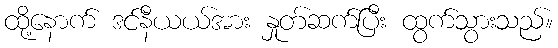
ထို့နောက် ဒင်နီယယ်အား နှုတ်ဆက်ပြီး ထွက်သွားသည်။